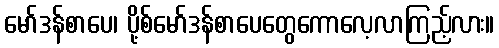
မော်ဒန်စာပေ၊ ပို့စ်မော်ဒန်စာပေတွေကောလေ့လာကြည့်လား။